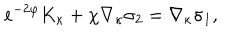
LaTeX: e ^ { - 2 \varphi } K _ { \kappa } + \chi \nabla _ { \kappa } \sigma _ { 2 } = \nabla _ { \kappa } \sigma _ { 1 } ,